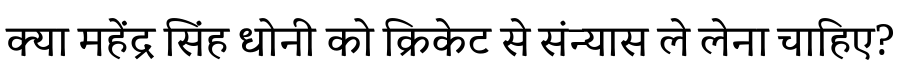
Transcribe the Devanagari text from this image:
क्या महेंद्र सिंह धोनी को क्रिकेट से संन्यास ले लेना चाहिए?